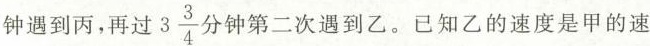
钟遇到丙，再过3\frac{3}{4}分钟第二次遇到乙。已知乙的速度是甲的速